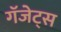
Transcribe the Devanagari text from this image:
गॅजेट्स